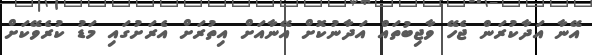
އޭނާ އަދާކުރަން ޖެހޭ ވާޖިބުތައް އަދާނުކޮށް އޭނާއަށް އިތުރަށް އެރަށުގައި މަޑު ކުރެވޭކަށް